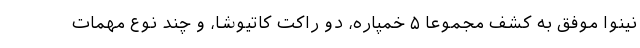
نینوا موفق به کشف مجموعا ۵ خمپاره، دو راکت کاتیوشا، و چند نوع مهمات